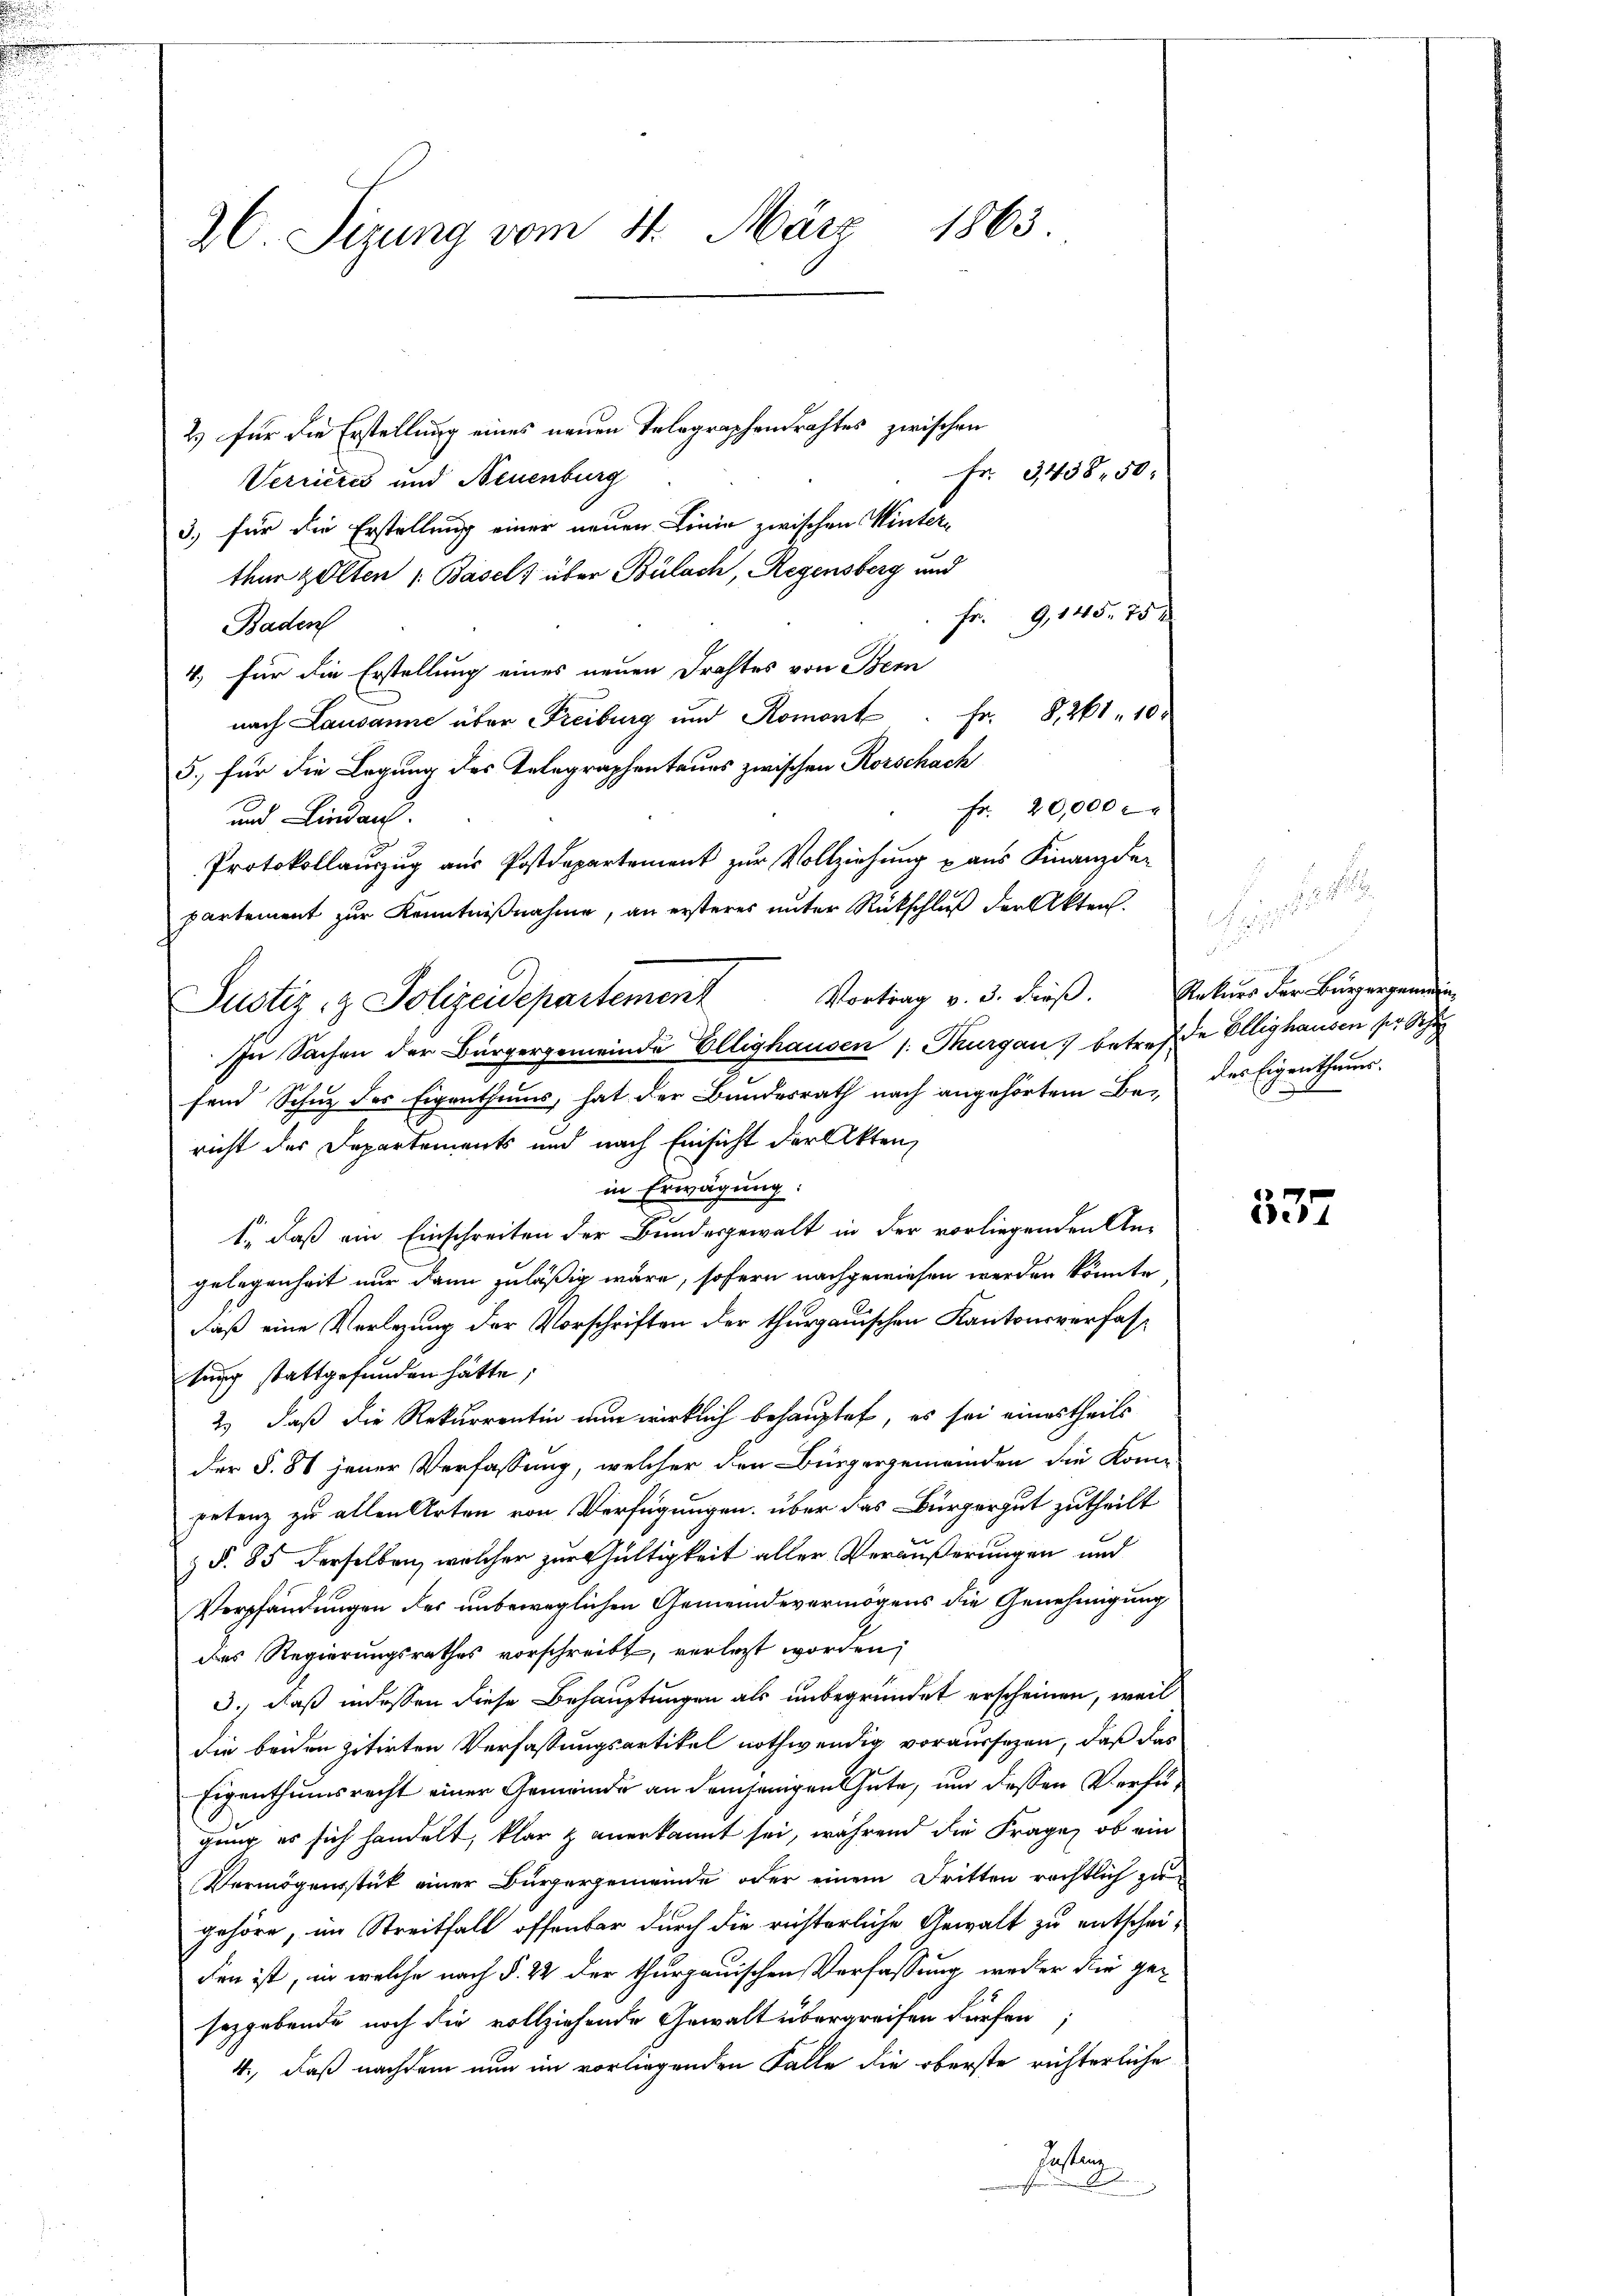
2C Sizung vom 11. März 1863.

Justiz- & Polizeidepartement

2) für die Erstellung eines neuen Telegraphendrahtes zwischen
Verrieres und Neuenburg
3) für die Erstellung einer neuen Linie zwischen Winterther Zölten (Basel über Bülach, Regensberg und
Fr. 9, 145. 75 x
Baden
4.) für die Erstellung eines neuen Drahtes von Bern
Fr. 8, 261. 10
nach Lausanne über Freiburg und Romont
5. für die Legung des Telegraphentaus zwischen Rorschach
Fr. 20,000
und Lindau.
Protokollauszug aus Postdepartement zur Vollziehung u aus Finanzde-
partement zur Kenntnißnahme, an ersteres unter Rückschluß der Akten.
Vortrag v. 3. dieβ. Rekurs der Bürgergeme
In Sachen der Bürgergemeinde Ellighausen /: Thurgau betref de Ellighausen ser Schu
fein Schuz des Eigenthums, hat der Bundesrath nach angehörtem Be- des Eigenthaus-
richt der Departements und nach Einsicht der Akten,
in Erwägung.
t., daß ein Einschreiten der Bundesgewalt in der vorliegenden An-
gelegenheit nur dann zuläßig wäre, sofern nachgewiesen werden könnte
daß eine Verlegung der Vorschriften der thurgauischen Kantonsverfastung stattgefunden hätte;
2) daß die Rekurrentin nun wirklich behauptet, es sei einestheils
der §. 86 jener Verfassung, welcher den Bürgergemeinden die Kompetenz zu allen Arten von Verfügungen, über das Bürgergut zutheilt
z §. 85 derselben, welcher zur Gültigkeit aller Veräußerungen und
Verpfändungen des unbeweglichen Gemeindevermögens die Genehmigung
Des Regierungsrathes vorschreibt, verletzt worden,
3.) daß indessen diese Behauptungen als unbegründet erscheinen, weil
die beiden zitirten Verfassungsartikel nothwendig voraussezen, daß das
Eigenthumsrecht einer Gemeinde an demjenigen Gute, und dessen Verfügung es sich handelt, klar & anerkannt sei, während die Frage, ob ein
Vermögensstück einer Bürgergemeinde oder einem Dritten rechtlich zu
gehöre, im Streitfall offenbar durch die richterliche Gewalt zu entscheiden ist, in welche nach §. 22 der thurgauischen Verfassung weder die geseggebende noch die vollziehende Gewalt übergreifen dürfen,
4., daß nachdem nun im vorliegenden Falle die oberste richterliche
Fasten
A

Fr. 3438. 50.

.

337